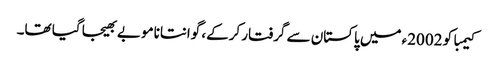
کیمبا کو 2002ء میں پاکستان سے گرفتار کرکے، گوانتانامو بے بھیجا گیا تھا۔